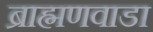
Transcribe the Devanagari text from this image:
ब्राह्मणवाडा